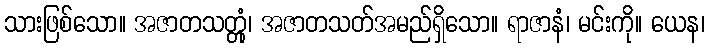
သားဖြစ်သော။ အဇာတသတ္တုံ၊ အဇာတသတ်အမည်ရှိသော။ ရာဇာနံ၊ မင်းကို။ ယေန၊